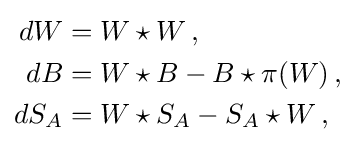
{\begin{aligned}dW&=W\star W\,,\\dB&=W\star B-B\star \pi (W)\,,\\dS_{A}&=W\star S_{A}-S_{A}\star W\,,\end{aligned}}